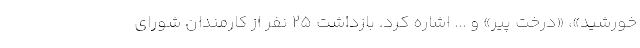
خورشید»، «درخت پیر» و ... اشاره کرد. بازداشت 25 نفر از کارمندان شورای